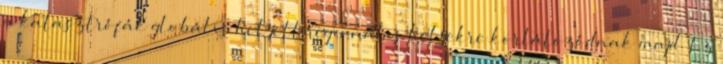
a katasztrófák globális helyett regionális helyekre korlátozódnak majd. Ez